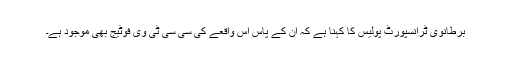
برطانوی ٹرانسپورٹ پولیس کا کہنا ہے کہ ان کے پاس اس واقعے کی سی سی ٹی وی فوٹیج بھی موجود ہے۔